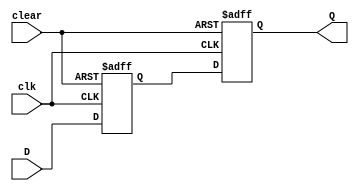
module d_ff_async_clear (
    input D,
    input clk,
    input clear,
    output reg Q
);

reg Q1, Q2;

always @ (posedge clk or posedge clear)
begin
    if (clear)
    begin
        Q1 <= 1'b0;
        Q2 <= 1'b1;
    end
    else
    begin
        Q1 <= D;
        Q2 <= Q1;
    end
end

assign Q = Q2;

endmodule